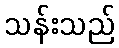
သန်းသည်